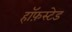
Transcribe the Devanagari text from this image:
हॉफ़स्टेड